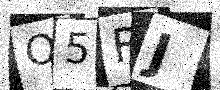
Text: O5RJ